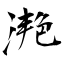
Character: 滟